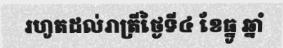
រហូតដល់រាត្រីថ្ងៃទី៤ ខែធ្នូ ឆ្នាំ